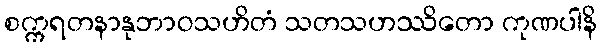
စက္ကရတနာနုဘာဝသဟိတံ သတသဟဿိတော ကုဏပါနိ